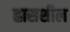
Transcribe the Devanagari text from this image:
ह्रासशील